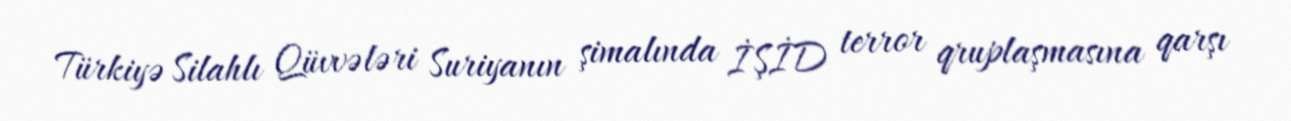
Türkiyə Silahlı Qüvvələri Suriyanın şimalında İŞİD terror qruplaşmasına qarşı